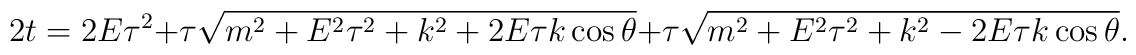
2t=2E\tau^2 + \tau \sqrt{m^2 + E^2\tau^2 +k^2+ 2 E \tau k\cos\theta}  +\tau \sqrt{ m^2 + E^2\tau^2 +k^2 -2 E\tau k  \cos\theta}.